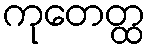
ကုတေတ္ထ